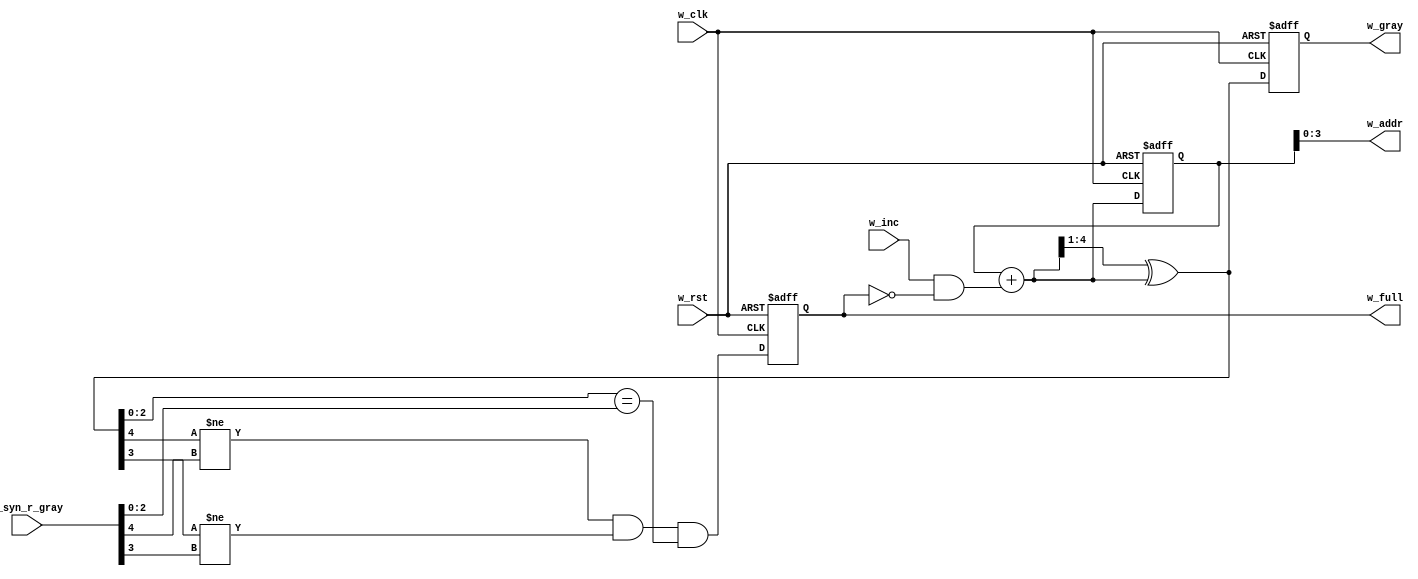
// Implementation of Clifford Cummings's asynchronous FIFO design from the paper
// at http://www.sunburst-design.com/papers/CummingsSNUG2002SJ_FIFO1.pdf
//
// Module to incrememnt the write address and determine if the FIFO is full.
//
// Notes:
//  - w_* means something is in the "write clock domain"
//  - r_* means something is in the "read clock domain"
//
// License: 0BSD

// Increment write address and check if FIFO is full
module w_ptr_full #(

    // Parameters
    parameter   ADDR_SIZE = 4                   // Number of bits for address
) (
    
    // Inputs
    input       [ADDR_SIZE:0]   w_syn_r_gray,   // Synced read Gray pointer
    input                       w_inc,          // 1 to increment address
    input                       w_clk,          // Write domain clock
    input                       w_rst,          // Write domain reset
    
    // Outputs 
    output      [ADDR_SIZE-1:0] w_addr,         // Mem address to write to
    output  reg [ADDR_SIZE:0]   w_gray,         // Gray adress with +1 MSb
    output  reg                 w_full          // 1 if FIFO is full   
);

    // Internal signals
    wire    [ADDR_SIZE:0]   w_gray_next;    // Gray code version of address
    wire    [ADDR_SIZE:0]   w_bin_next;     // Binary version of address
    wire                    w_full_val;     // FIFO is full
    
    // Internal storage elements
    reg     [ADDR_SIZE:0]   w_bin;          // Registered binary address
    
    // Drop extra most significant bit (MSb) for addressing into memory
    assign w_addr = w_bin[ADDR_SIZE-1:0];
    
    // Be ready with next (incremented) address (if inc set and not full)
    assign w_bin_next = w_bin + (w_inc & ~w_full);
    
    // Convert next binary address to Gray code value
    assign w_gray_next = (w_bin_next >> 1) ^ w_bin_next;
    
    // Compare write Gray code to synced read Gray code to see if FIFO is full
    // If:  extra MSb of read and write Gray codes are not equal AND
    //      2nd MSb of read and write Gray codes are not equal AND
    //      the rest of the bits are equal
    // Then: address pointers are same with write pointer ahead by 2^ADDR_SIZE
    // elements (i.e. wrapped around), so FIFO is full.
    assign w_full_val = ((w_gray_next[ADDR_SIZE] != w_syn_r_gray[ADDR_SIZE]) &&
                   (w_gray_next[ADDR_SIZE-1] != w_syn_r_gray[ADDR_SIZE-1]) &&
                   (w_gray_next[ADDR_SIZE-2:0] == w_syn_r_gray[ADDR_SIZE-2:0]));
    
    // Register the binary and Gray code pointers in the write clock domain
    always @ (posedge w_clk or posedge w_rst) begin
        if (w_rst == 1'b1) begin
            w_bin <= 0;
            w_gray <= 0;
        end else begin
            w_bin <= w_bin_next;
            w_gray <= w_gray_next;
        end
    end
    
    // Register the full flag
    always @ (posedge w_clk or posedge w_rst) begin
        if (w_rst == 1'b1) begin
            w_full <= 1'b0;
        end else begin
            w_full <= w_full_val;
        end
    end
    
endmodule